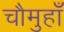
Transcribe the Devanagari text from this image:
चौमुहाँ